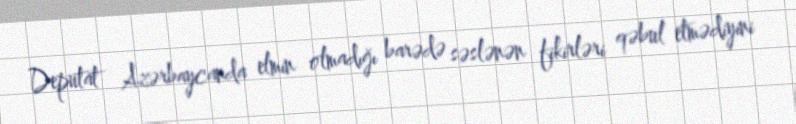
Deputat Azərbaycanda elmin olmadığı barədə səslənən fikirləri qəbul etmədiyini